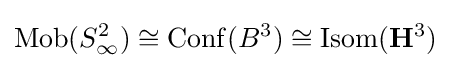
\operatorname {Mob} (S_{\infty }^{2})\cong \operatorname {Conf} (B^{3})\cong \operatorname {Isom} (\mathbf {H} ^{3})